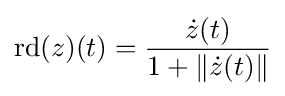
\mathrm {rd} (z)(t)={\frac {{\dot {z}}(t)}{1+\|{\dot {z}}(t)\|}}